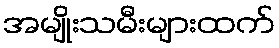
အမျိုးသမီးများထက်